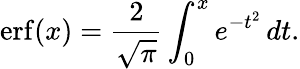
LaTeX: \operatorname{erf}(x)={\frac{2}{\sqrt{\pi}}}\int_{0}^{x}e^{-t^{2}}\, dt.